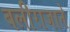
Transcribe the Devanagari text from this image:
बलीराजाने